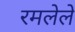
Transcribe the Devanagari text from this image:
रमलेले